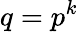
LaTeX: q=p^{k}